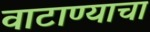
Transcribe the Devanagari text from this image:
वाटाण्याचा